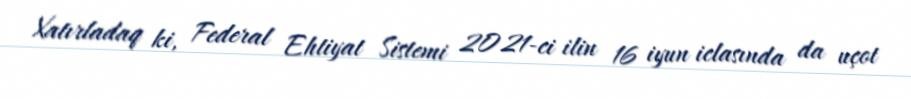
Xatırladaq ki, Federal Ehtiyat Sistemi 2021-ci ilin 16 iyun iclasında da uçot